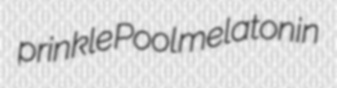
prinkle Pool melatonin